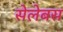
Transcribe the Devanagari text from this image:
सेलेबस